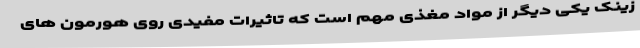
زینک یکی دیگر از مواد مغذی مهم است که تاثیرات مفیدی روی هورمون های